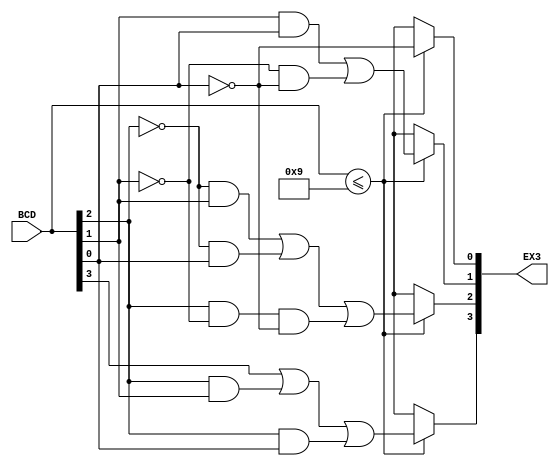
module bcd_ex3(BCD, EX3);
input [3:0] BCD;
output reg [3:0]EX3;


always@(*)
 begin
   if(BCD<=9)
     begin
	 EX3[3] = (BCD[3]) | (BCD[2] & BCD[1]) | (BCD[2] & BCD[0]);
     EX3[2] = (~BCD[2] & BCD[1]) | (~BCD[2] & BCD[0]) | (BCD[2] & ~BCD[1] & ~BCD[0]);
     EX3[1] = (BCD[1] & BCD[0]) | (~BCD[1] & ~BCD[0]);
     EX3[0] = ~BCD[0];
	 end
   else
	EX3 = 4'bxxxx;
 end
endmodule